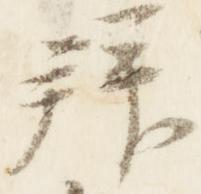
拝